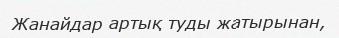
Жанайдар артық туды жатырынан,